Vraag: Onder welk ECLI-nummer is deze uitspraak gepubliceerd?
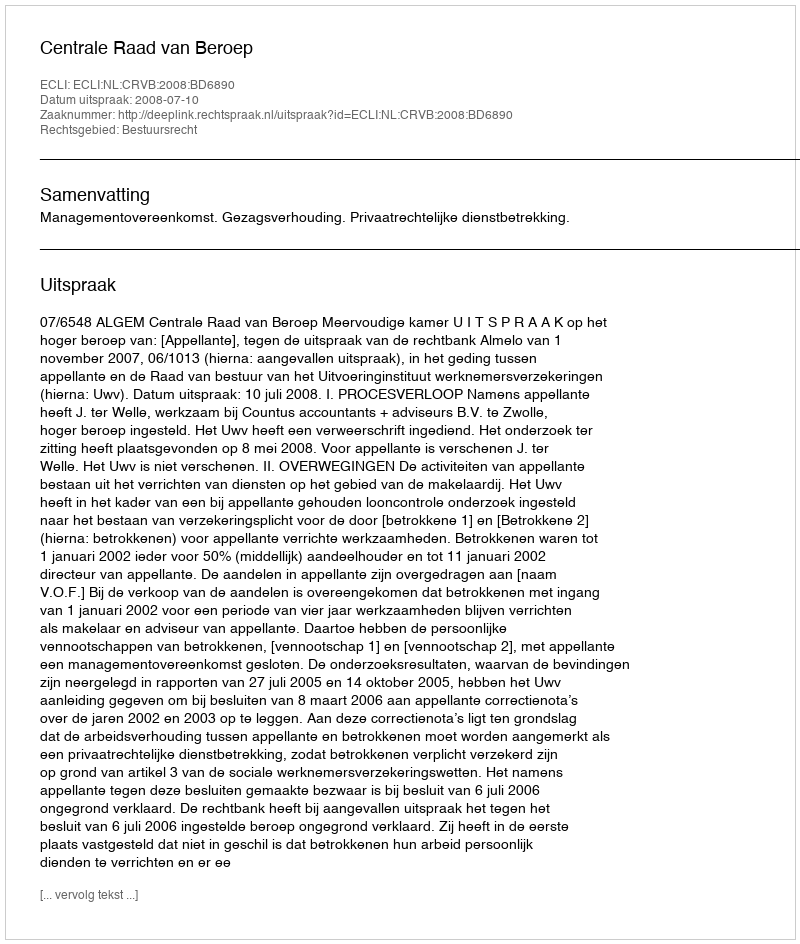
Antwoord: ECLI:NL:CRVB:2008:BD6890